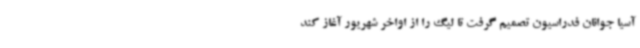
آسیا جوانان فدراسیون تصمیم گرفت تا لیگ را از اواخر شهریور آغاز کند